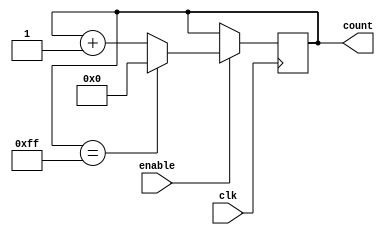
module binary_up_counter (
    input wire clk,
    input wire enable,
    output reg [7:0] count
);

always @(posedge clk) begin
    if (enable) begin
        if (count == 8'hFF) begin
            count <= 8'h00;
        end else begin
            count <= count + 1;
        end
    end
end

endmodule